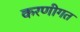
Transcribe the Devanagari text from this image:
करणीगत